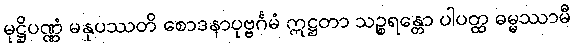
မုဋ္ဌိပဏ္ဏံ မနုပဿတိ စောဒနာပုဗ္ဗင်္ဂမံ ဣဋ္ဌတာ သဉ္စရန္တော ပါပတ္ထ ဓမ္မဿာမီ